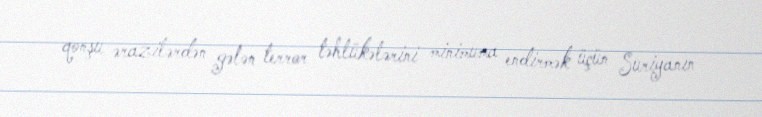
qonşu ərazilərdən gələn terror təhlükələrini minimuma endirmək üçün Suriyanın